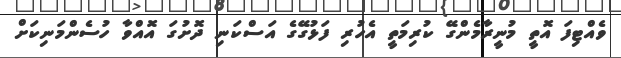
ވެއްޓިފަ އޮތީ މުނީރާމެންގޭ ކުރިމަތީ އެހުރި ފަޅުގޭގެ އަސްކަނި ދޮށުގަ އޮއްވާ ހުސެންމަނިކަށް